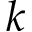
k